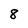
Character: 8